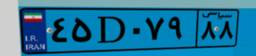
۸۷D۴۸۷۴۲